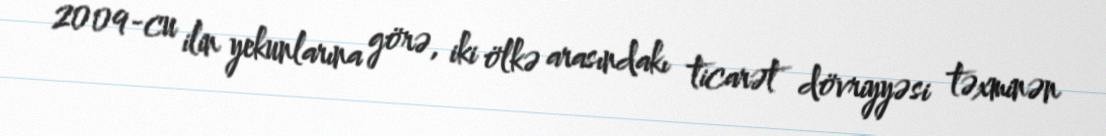
2009-cu ilin yekunlarına görə, iki ölkə arasındakı ticarət dövriyyəsi təxminən